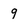
Character: 9